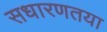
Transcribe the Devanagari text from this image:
सधारणतया